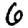
Digit: 6